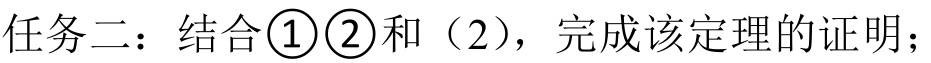
任务二：结合\textcircled{1}\textcircled{2}和（2），完成该定理的证明；